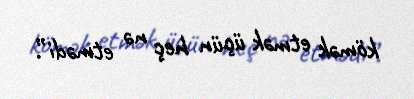
kömək etmək üçün heç nə etmədi”.